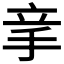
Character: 𥩝